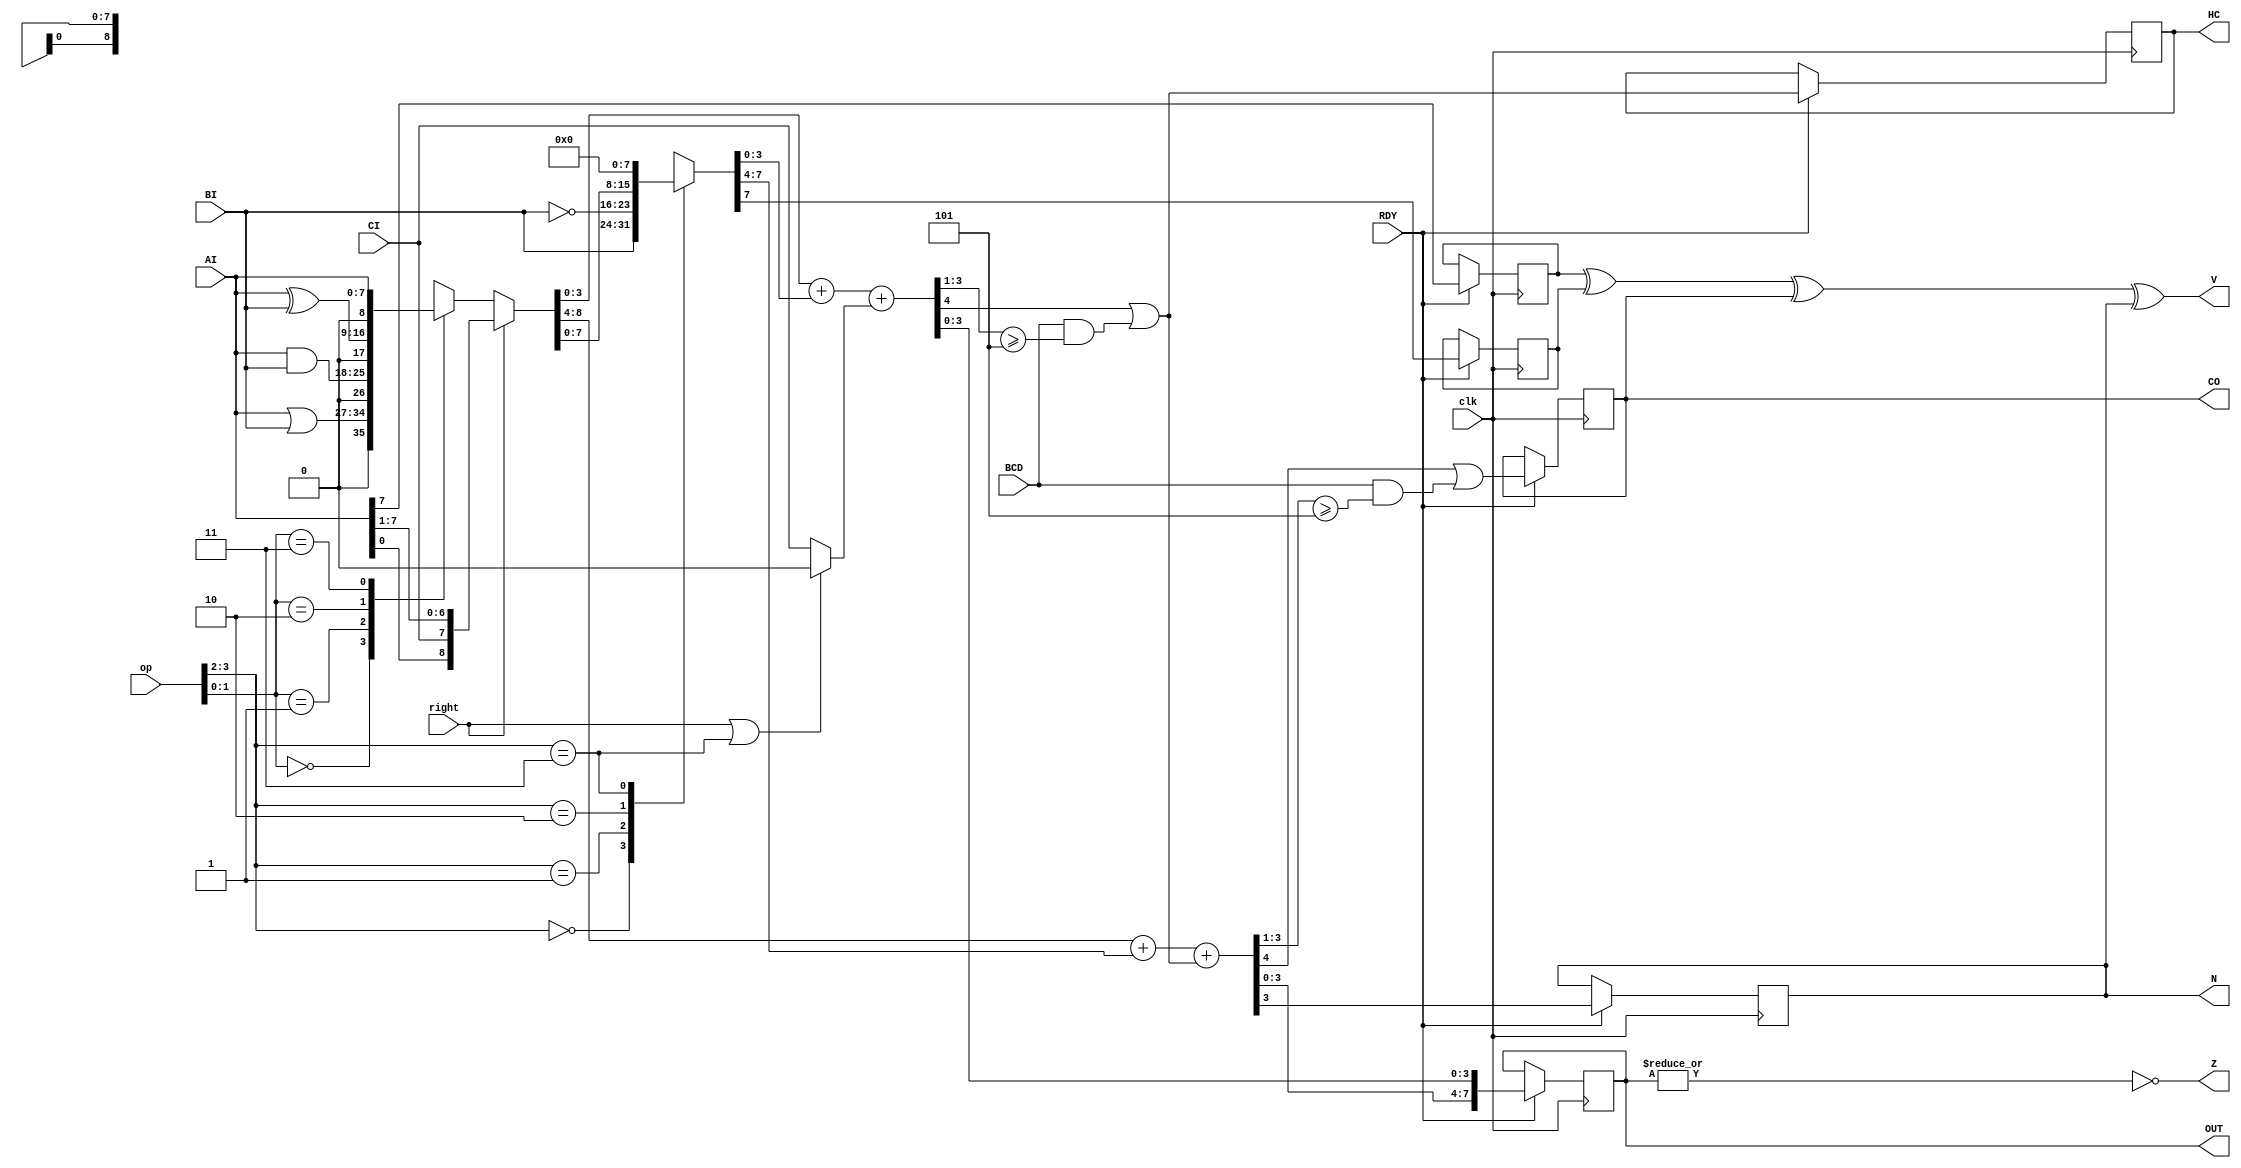
module ALU_14( clk, op, right, AI, BI, CI, CO, BCD, OUT, V, Z, N, HC, RDY );
	input clk;
	input right;
	input [3:0] op;		
	input [7:0] AI;
	input [7:0] BI;
	input CI;
	input BCD;		
	output [7:0] OUT;
	output CO;
	output V;
	output Z;
	output N;
	output HC;
	input RDY;
reg [7:0] OUT;
reg CO;
wire V;
wire Z;
reg N;
reg HC;
reg AI7;
reg BI7;
reg [8:0] temp_logic;
reg [7:0] temp_BI;
reg [4:0] temp_l;
reg [4:0] temp_h;
wire [8:0] temp = { temp_h, temp_l[3:0] };
wire adder_CI = (right | (op[3:2] == 2'b11)) ? 0 : CI;
always @*  begin
	case( op[1:0] )
	    2'b00: temp_logic = AI | BI;
	    2'b01: temp_logic = AI & BI;
	    2'b10: temp_logic = AI ^ BI;
	    2'b11: temp_logic = AI;
	endcase
	if( right )
	    temp_logic = { AI[0], CI, AI[7:1] };
end
always @* begin
	case( op[3:2] )
	    2'b00: temp_BI = BI;	
	    2'b01: temp_BI = ~BI;	
	    2'b10: temp_BI = temp_logic;	
	    2'b11: temp_BI = 0;		
	endcase	
end
wire HC9 = BCD & (temp_l[3:1] >= 3'd5);
wire CO9 = BCD & (temp_h[3:1] >= 3'd5);
wire temp_HC = temp_l[4] | HC9;
always @* begin
	temp_l = temp_logic[3:0] + temp_BI[3:0] + adder_CI;
	temp_h = temp_logic[8:4] + temp_BI[7:4] + temp_HC;
end
always @(posedge clk)
    if( RDY ) begin
	AI7 <= AI[7];
	BI7 <= temp_BI[7];
	OUT <= temp[7:0];
	CO  <= temp[8] | CO9;
	N   <= temp[7];
	HC  <= temp_HC;
    end
assign V = AI7 ^ BI7 ^ CO ^ N;
assign Z = ~|OUT;
endmodule